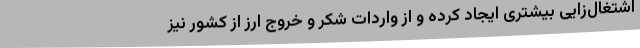
اشتغال‌زایی بیشتری ایجاد کرده و از واردات شکر و خروج ارز از کشور نیز